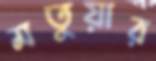
মতুয়ার